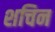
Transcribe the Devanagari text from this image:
शचिन